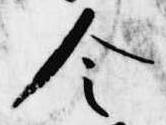
令